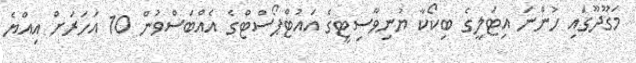
މަގޫދޫގައި ހުންނަ އިޓަލީގެ ބިކޯކާ ޔުނިވާސިޓީގެ އައުޓްޕޯސްޓްގެ އެއްބަސްވުން 10 އަހަރަށް އިއްޔެ